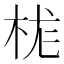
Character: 𪲆